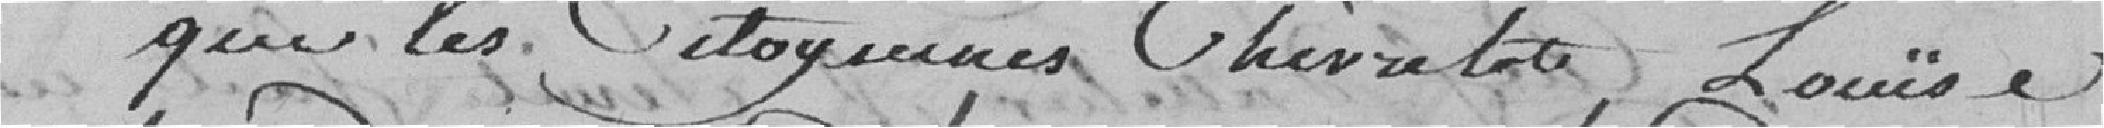
a quien les itogenes